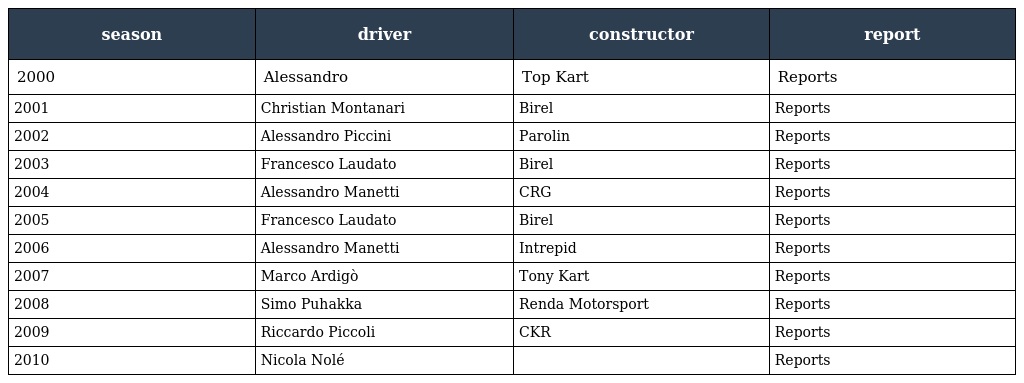
| season | driver | constructor | report |
 | --- | --- | --- | --- |
 | 2000 | Alessandro | Top Kart | Reports |
 | 2001 | Christian Montanari | Birel | Reports |
 | 2002 | Alessandro Piccini | Parolin | Reports |
 | 2003 | Francesco Laudato | Birel | Reports |
 | 2004 | Alessandro Manetti | CRG | Reports |
 | 2005 | Francesco Laudato | Birel | Reports |
 | 2006 | Alessandro Manetti | Intrepid | Reports |
 | 2007 | Marco Ardigò | Tony Kart | Reports |
 | 2008 | Simo Puhakka | Renda Motorsport | Reports |
 | 2009 | Riccardo Piccoli | CKR | Reports |
 | 2010 | Nicola Nolé |  | Reports |